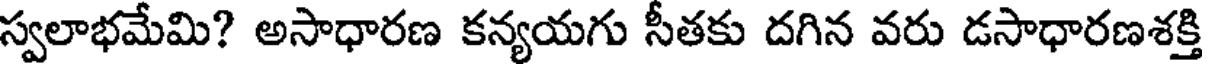
స్వలాభమేమి? అసాధారణ కన్యయగు సీతకు దగిన వరు డసాధారణశక్తి